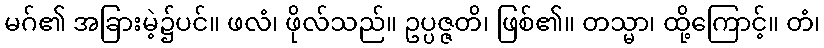
မဂ်၏ အခြားမဲ့၌ပင်။ ဖလံ၊ ဖိုလ်သည်။ ဥပ္ပဇ္ဇတိ၊ ဖြစ်၏။ တသ္မာ၊ ထို့ကြောင့်။ တံ၊